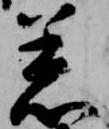
着